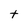
Character: t